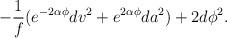
LaTeX: \begin{align*}-\frac{1}{f}(e^{-2\alpha\phi}dv^2+e^{2\alpha\phi}da^2)+2d\phi^2.\end{align*}